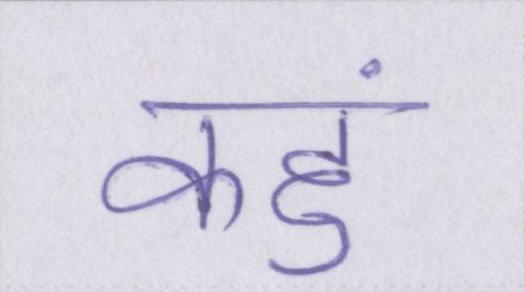
कहुं